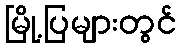
မြို့ပြများတွင်